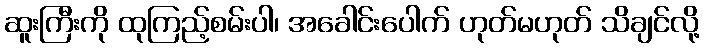
ဆူးကြီးကို ထုကြည့်စမ်းပါ၊ အခေါင်းပေါက် ဟုတ်မဟုတ် သိချင်လို့